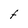
Character: F